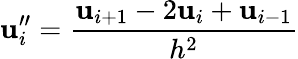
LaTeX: \mathbf{u}_{i}^{\prime\prime}={\frac{{\mathbf{u}_{i+1}-2\mathbf{u}_{i}+\mathbf{u}_{i-1}}}{{h^{2}}}}